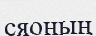
сяоның